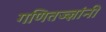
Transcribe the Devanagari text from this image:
गणितज्ज्ञांनी